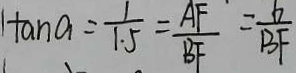
\tan a = \frac { 1 } { 1 . 5 } = \frac { A F } { B F } = \frac { 6 } { B F }